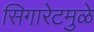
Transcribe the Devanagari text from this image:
सिगारेटमुळे